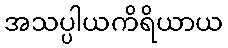
အသပ္ပါယကိရိယာယ